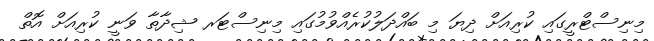
މިނިސްޓްރީގައި ކުރިއަށް ދިޔަ މި ބައްދަލުކުރެއްވުމުގައި މިނިސްޓަރ ޝިދާތާ ވަނީ ކުރިއަށް އޮތް